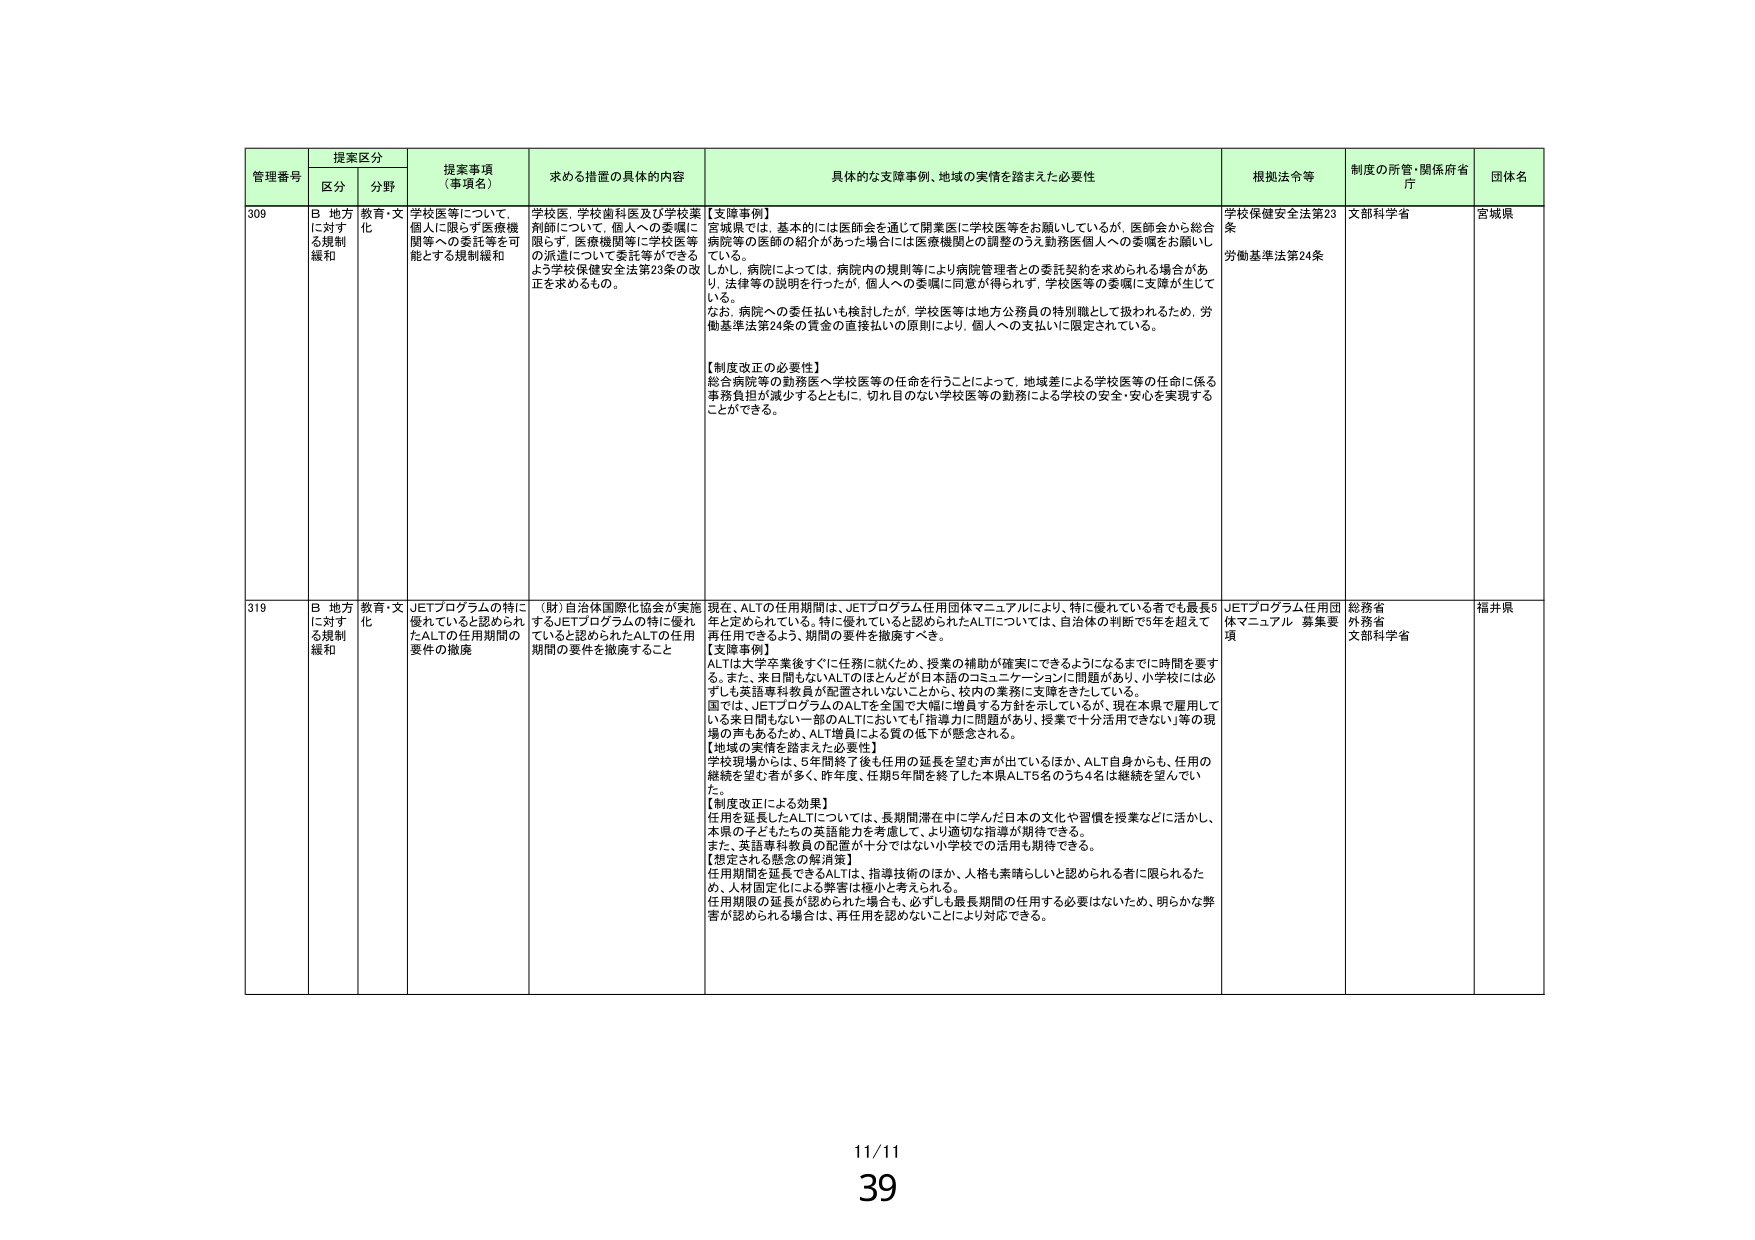
管理番号 提案区分 提案事項（事項名） 求める措置の具体的内容 具体的な支障事例、地域の実情を踏まえた必要性 根拠法令等 制度の所管・関係府省庁 団体名
区分 分野
309 B 地方に対する規制緩和 教育・文化 学校医等について、個人に限らず医療機関等への委託等を可能とする規制緩和 学校医、学校歯科医及び学校薬剤師について、個人への委嘱に限らず、医療機関等に学校医等の派遣について委託等ができるよう学校保健安全法第23条の改正を求めるもの。 【支障事例】 宮城県では、基本的には医師会を通じて開業医に学校医等をお願いしているが、医師会から総合病院等の医師の紹介があった場合には医療機関との調整のうえ勤務医個人への委嘱をお願いしている。 しかし、病院によっては、病院内の規則等により病院管理者との委託契約を求められる場合があり、法律等の説明を行ったが、個人への委嘱に同意が得られず、学校医等の委嘱に支障が生じている。 なお、病院への委任払いも検討したが、学校医等は地方公務員の特別職として扱われるため、労働基準法第24条の賃金の直接払いの原則により、個人への支払いに限定されている。 【制度改正の必要性】 総合病院等の勤務医へ学校医等の任命を行うことによって、地域差による学校医等の任命に係る事務負担が減少するとともに、切れ目のない学校医等の勤務による学校の安全・安心を実現することができる。 学校保健安全法第23条 労働基準法第24条 文部科学省 宮城県
319 B 地方に対する規制緩和 教育・文化 JETプログラムの特に優れていると認められたALTの任用期間の要件の撤廃 （財）自治体国際化協会が実施するJETプログラムの特に優れていると認められたALTの任用期間の要件を撤廃すること 現在、ALTの任用期間は、JETプログラム任用団体マニュアルにより、特に優れている者でも最長5年と定められている。特に優れていると認められたALTについては、自治体の判断で5年を超えて再任用できるよう、期間の要件を撤廃すべき。 【支障事例】 ALTは大学卒業後すぐに任務に就くため、授業の補助が確実にできるようになるまでに時間を要する。また、来日間もないALTのほとんどが日本語のコミュニケーションに問題があり、小学校には必ずしも英語専科教員が配置されていないことから、校内の業務に支障をきたしている。 国では、JETプログラムのALTを全国で大幅に増員する方針を示しているが、現在本県で雇用している来日間もない一部のALTにおいても「指導力に問題があり、授業で十分活用できない」等の現場の声もあるため、ALT増員による質の低下が懸念される。 【地域の実情を踏まえた必要性】 学校現場からは、5年間終了後も任用の延長を望む声が出ているほか、ALT自身からも、任用の継続を望む者が多く、昨年度、任期5年間を終了した本県ALT5名のうち4名は継続を望んでいた。 【制度改正による効果】 任用を延長したALTについては、長期間滞在中に学んだ日本の文化や習慣を授業などに活かし、本県の子どもたちの英語能力を考慮して、より適切な指導が期待できる。 また、英語専科教員の配置が十分ではない小学校での活用も期待できる。 【想定される懸念の解消策】 任用期間を延長できるALTは、指導技術のほか、人格も素晴らしいと認められる者に限られるため、人材固定化による弊害は極小と考えられる。 任用期限の延長が認められた場合も、必ずしも最長期間の任用の必要はないため、明らかな弊害が認められる場合は、再任用を認めないことにより対応できる。 JETプログラム任用団体マニュアル 募集要項 総務省 外務省 文部科学省 福井県
11/11
39